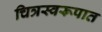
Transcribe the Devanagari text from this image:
चित्रस्वरूपात